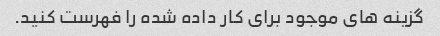
گزینه های موجود برای کار داده شده را فهرست کنید.